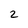
Character: 2